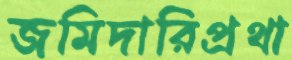
জমিদারিপ্রথা